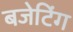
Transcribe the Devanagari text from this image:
बजेटिंग